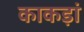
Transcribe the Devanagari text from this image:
काकड़ां